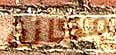
مكانة